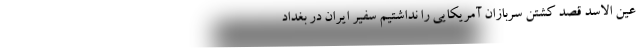
عین الاسد قصد کشتن سربازان آمریکایی را نداشتیم سفیر ایران در بغداد